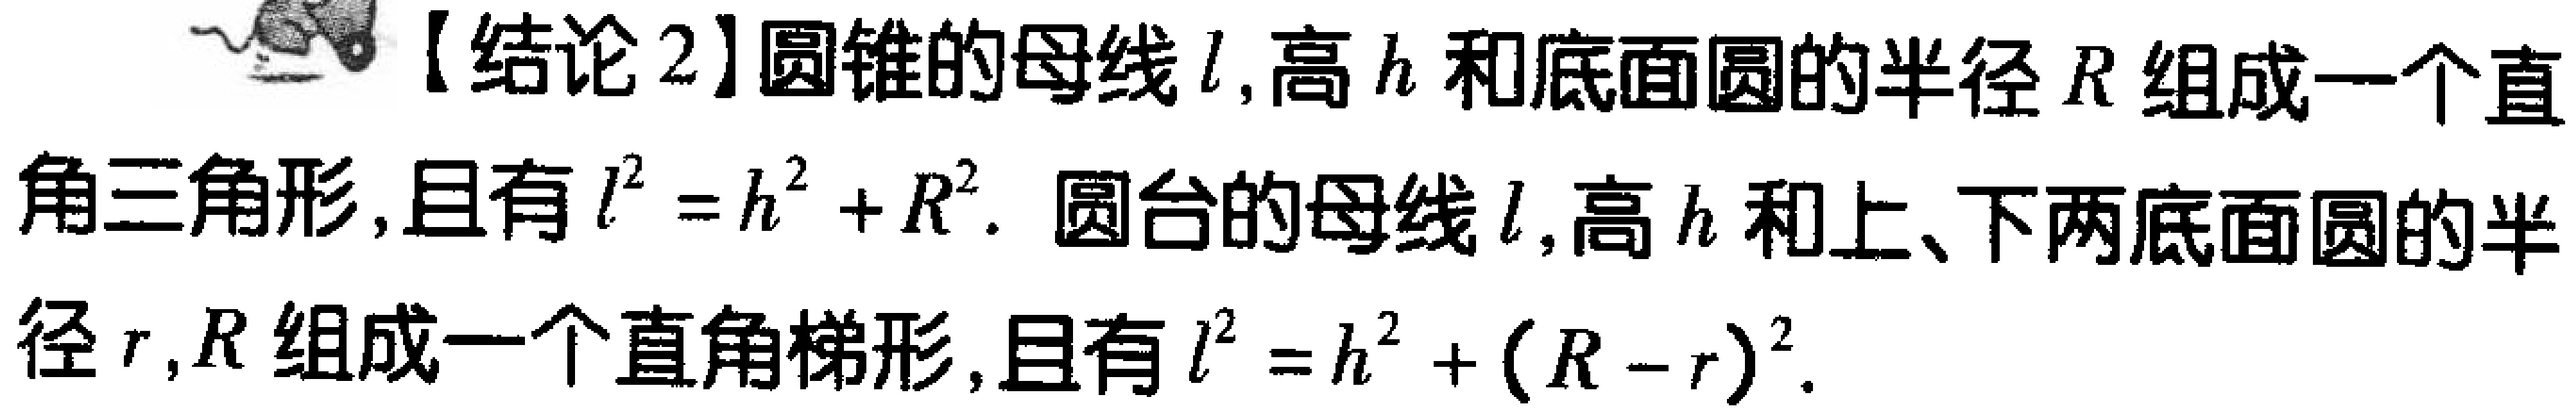
【结论2】圆锥的母线\(l\)，高\(h\)和底面圆的半径\(R\)组成一个直角三角形，且有\(l^{2}=h^{2}+R^{2}\)。圆台的母线\(l\)，高\(h\)和上、下两底面圆的半径\(r\)，\(R\)组成一个直角梯形，且有\(l^{2}=h^{2}+(R - r)^{2}\)。